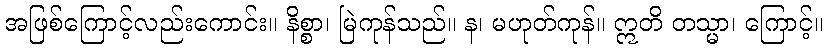
အဖြစ်ကြောင့်လည်းကောင်း။ နိစ္စာ၊ မြဲကုန်သည်။ န၊ မဟုတ်ကုန်။ ဣတိ တသ္မာ၊ ကြောင့်။